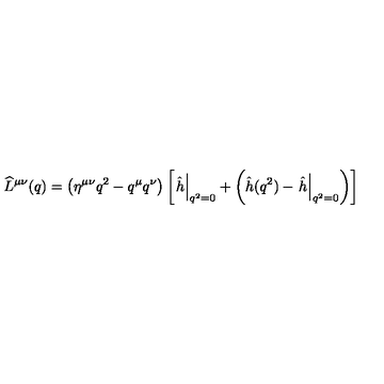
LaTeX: \widehat L ^ { \mu \nu } ( q ) = \left( \eta ^ { \mu \nu } q ^ { 2 } - q ^ { \mu } q ^ { \nu } \right) \left[ \left. \hat { h } \right| _ { q ^ { 2 } = 0 } + \left( \hat { h } ( q ^ { 2 } ) - \left. \hat { h } \right| _ { q ^ { 2 } = 0 } \right) \right]